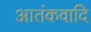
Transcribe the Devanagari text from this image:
आतंकवादि